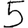
Digit: 5